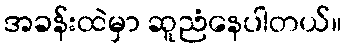
အခန်းထဲမှာ ဆူညံနေပါတယ်။